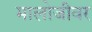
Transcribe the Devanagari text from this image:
मालोजीवर